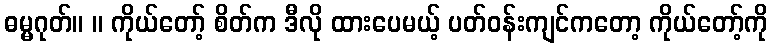
ဓမ္မဂုတ်။ ။ ကိုယ်တော့် စိတ်က ဒီလို ထားပေမယ့် ပတ်ဝန်းကျင်ကတော့ ကိုယ်တော့်ကို